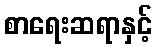
စာရေးဆရာနှင့်